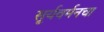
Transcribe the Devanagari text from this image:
सूर्यवर्मनचा